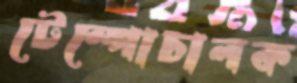
টেম্পোচালক